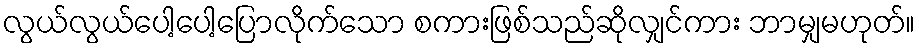
လွယ်လွယ်ပေါ့ပေါ့ပြောလိုက်သော စကားဖြစ်သည်ဆိုလျှင်ကား ဘာမျှမဟုတ်။